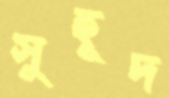
সুহূদ